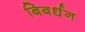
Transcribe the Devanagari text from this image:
बिबर्धन